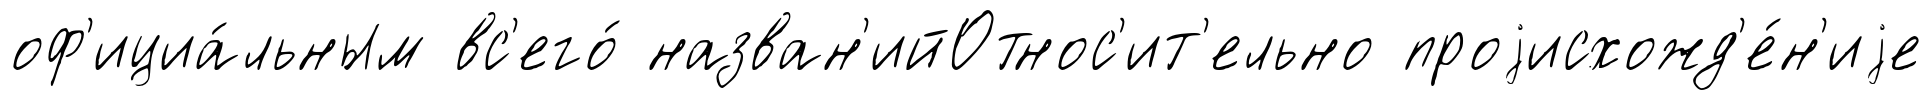
оф'ициа́льным вс'его́ назван'ийОтнос'ит'ельно проjисхожд'е́н'иjе